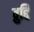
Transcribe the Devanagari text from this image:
व्रुद्दि